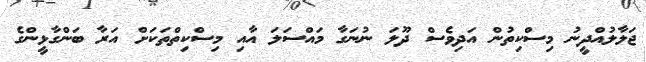
ޖަލާލުއްދީނު މިސްކިތުން އަދިވެސް ދޫލަ ނުނަގާ މައްސަލަ އާއި މިސްކިތްތަކަށް އަރާ ބަންގާޅީންގެ